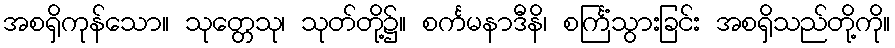
အစရှိကုန်သော။ သုတ္တေသု၊ သုတ်တို့၌။ စင်္ကမနာဒီနိ၊ စင်္ကြံသွားခြင်း အစရှိသည်တို့ကို။